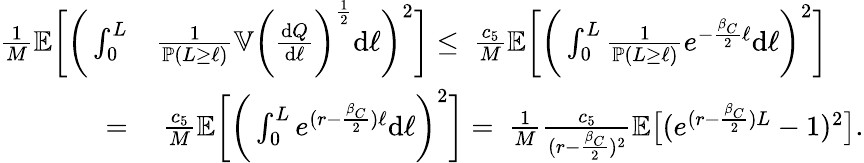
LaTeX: \begin{array}{rl}{\frac{1}{M}{\mathbb{E}}\bigg[\bigg(\int_{0}^{L}}&{\frac{1}{{\mathbb{P}}(L\geq\ell)}{\mathbb{V}}\bigg(\frac{\textup{d}Q}{\textup{d}\ell}\bigg)^{\frac{1}{2}}\textup{d}\ell\bigg)^{2}\bigg]\leq\ \frac{c_{5}}{M}{\mathbb{E}}\bigg[\bigg(\int_{0}^{L}\frac{1}{{\mathbb{P}}(L\geq\ell)}e^{-\frac{\beta_{C}}{2}\ell}\textup{d}\ell\bigg)^{2}\bigg]}\\ {=}&{\ \frac{c_{5}}{M}{\mathbb{E}}\bigg[\bigg(\int_{0}^{L}e^{(r-\frac{\beta_{C}}{2})\ell}\textup{d}\ell\bigg)^{2}\bigg]=\ \frac{1}{M}\frac{c_{5}}{(r-\frac{\beta_{C}}{2})^{2}}{\mathbb{E}}\big[(e^{(r-\frac{\beta_{C}}{2})L}-1)^{2}\big].}\end{array}